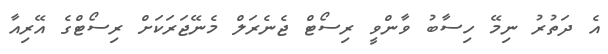
އެ ދަތުރު ނިމޭ ހިސާބު ވާންވީ ރިސޯޓް ޖެނެރަލް މެނޭޖަރަކަށް ރިސޯޓްގެ އޭރިއާ